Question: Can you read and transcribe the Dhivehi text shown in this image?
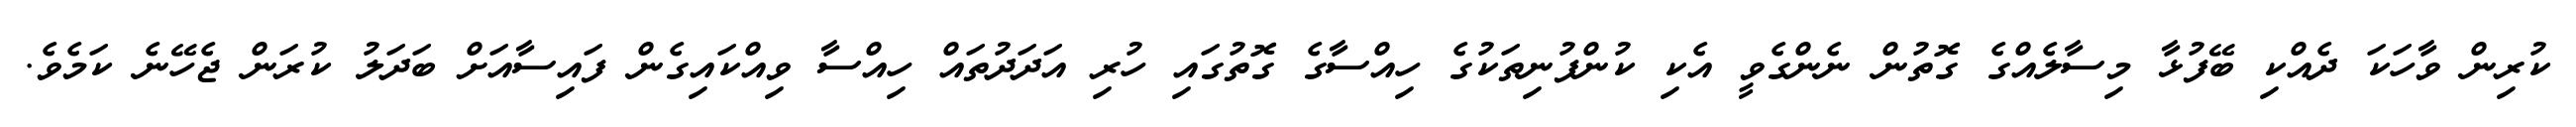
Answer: ކުރިން ވާހަކަ ދެއްކި ބޭފުޅާ މިސާލެއްގެ ގޮތުން ނެންގެވީ އެކި ކުންފުނިތަކުގެ ހިއްސާގެ ގޮތުގައި ހުރި އަދަދުތައް ހިއްސާ ވިއްކައިގެން ފައިސާއަށް ބަދަލު ކުރަން ޖެހޭނެ ކަމެވެ.